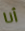
أنا